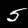
Digit: 5